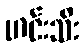
ဟင်းသီး